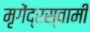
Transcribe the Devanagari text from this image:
मृगेंद्रस्वामी